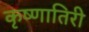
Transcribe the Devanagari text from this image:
कृष्णातिरी